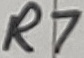
Text: R7